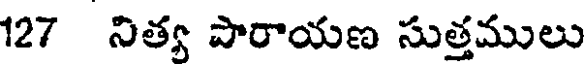
127 నిత్య పారాయణ సుత్తములు